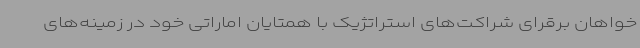
خواهان برقرای شراکت‌های استراتژیک با همتایان اماراتی خود در زمینه‌های